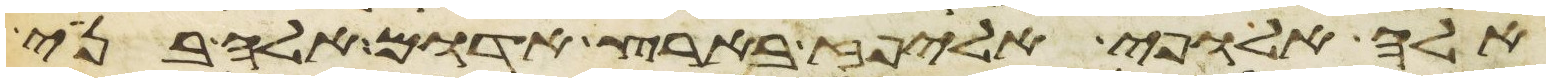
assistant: אלה אלופי אליפז בארץ אדום אלה בני